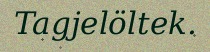
Tagjelöltek.